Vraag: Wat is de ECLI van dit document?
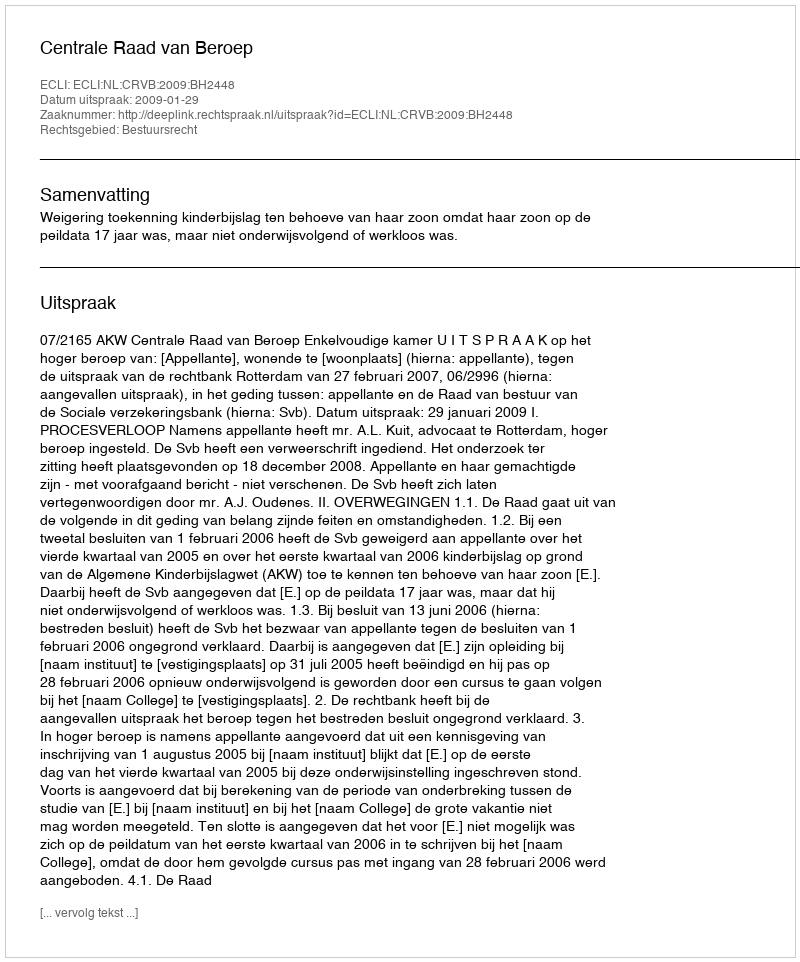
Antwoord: ECLI:NL:CRVB:2009:BH2448